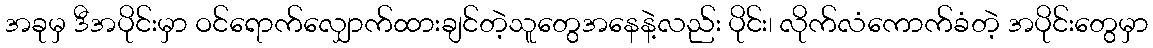
အခုမှ ဒီအပိုင်းမှာ ဝင်ရောက်လျှောက်ထားချင်တဲ့သူတွေအနေနဲ့လည်း ပိုင်း၊ လိုက်လံကောက်ခံတဲ့ အပိုင်းတွေမှာ